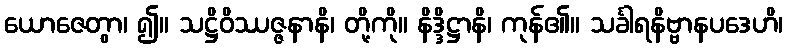
ယောဇေတွာ၊ ၍။ သဋ္ဌိဝိဿဇ္ဇနာနိ၊ တို့ကို။ နိဒ္ဒိဋ္ဌာနိ၊ ကုန်၏။ သင်္ခါရနိဗ္ဗာနပဒေဟိ၊